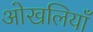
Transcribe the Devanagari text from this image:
ओखलियाँ